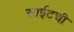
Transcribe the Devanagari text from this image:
साईटची